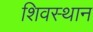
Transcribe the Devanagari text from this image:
शिवस्थान